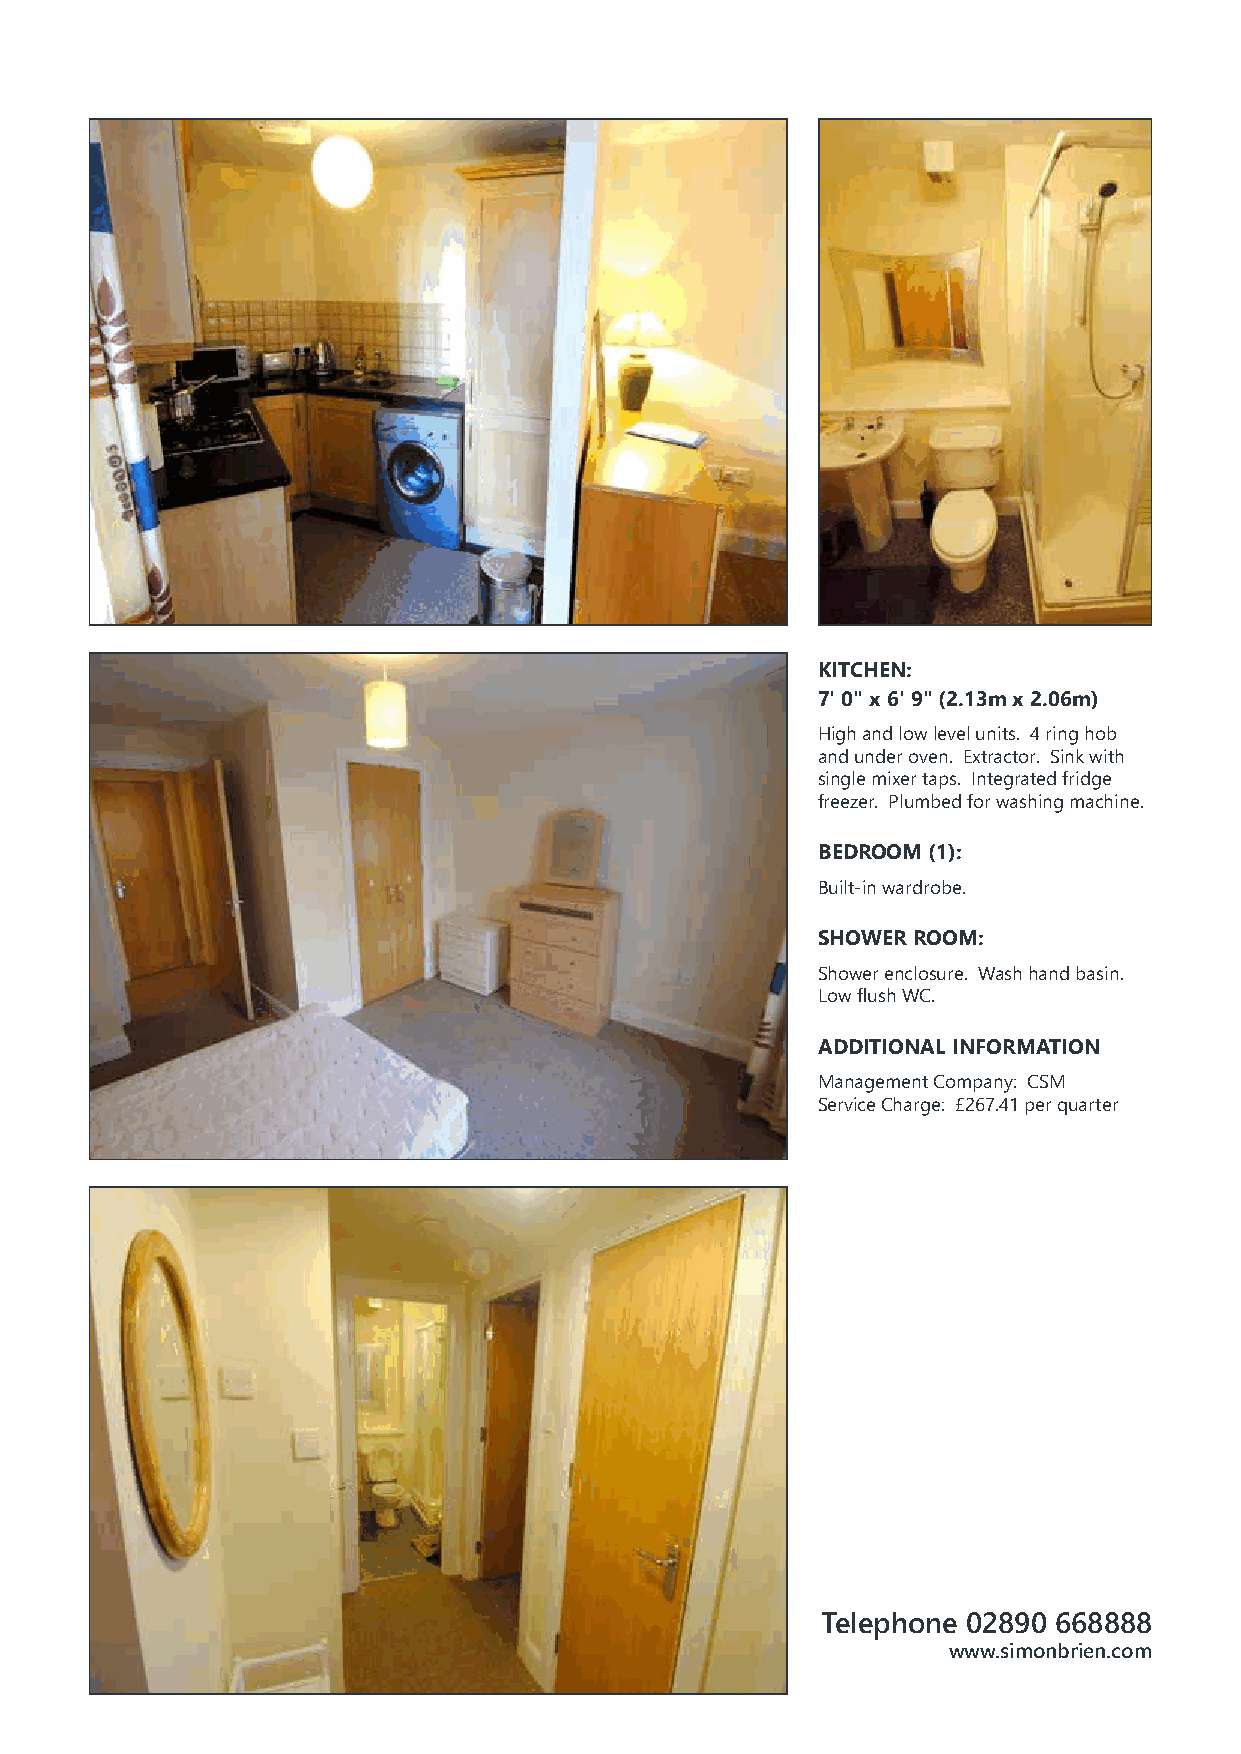
KITCHEN:
 7' 0" x 6' 9" (2.13m x 2.06m)
 High and low level units. 4 ring hob
 and under oven. Extractor. Sink with
 single mixer taps. Integrated fridge
 freezer. Plumbed for washing machine.
 BEDROOM (1):
 Built-in wardrobe.
 SHOWER ROOM:
 Shower enclosure. Wash hand basin.
 Low flush WC.
 ADDITIONAL INFORMATION
 Management Company: CSM
 Service Charge: £267.41 per quarter
 Telephone 02890 668888
 www.simonbrien.com